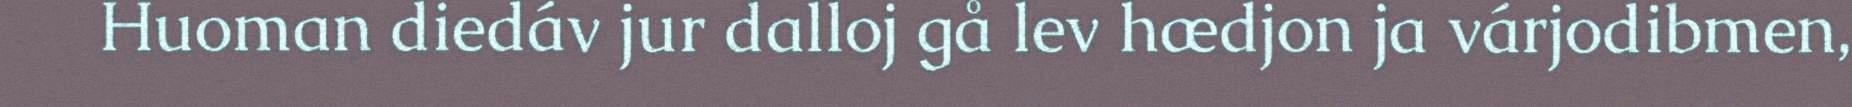
Huoman diedáv jur dalloj gå lev hædjon ja várjodibmen,